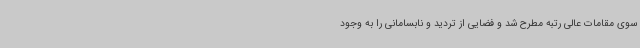
سوی مقامات عالی رتبه مطرح شد و فضایی از تردید و نابسامانی را به وجود